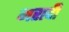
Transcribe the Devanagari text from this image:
मरादी